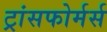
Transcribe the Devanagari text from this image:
ट्रांसफोर्मर्स